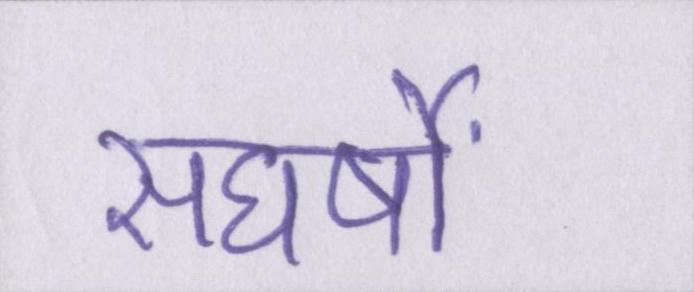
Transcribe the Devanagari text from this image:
संघर्षों